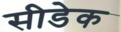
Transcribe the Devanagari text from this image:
सीडेक